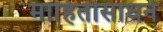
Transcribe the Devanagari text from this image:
माहितीसाधने